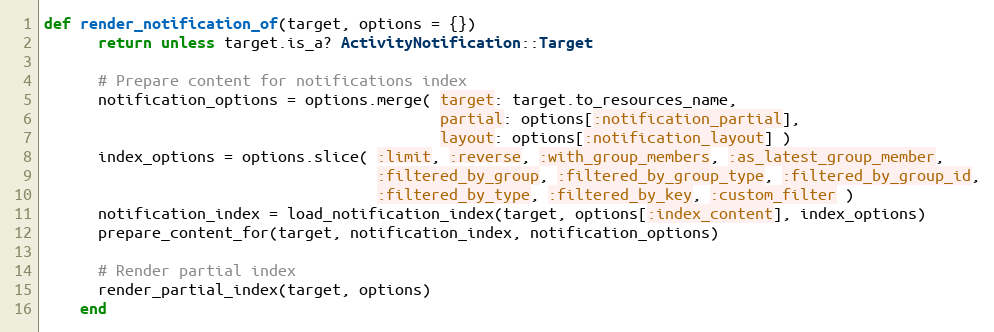
Language: Ruby
def render_notification_of(target, options = {})
      return unless target.is_a? ActivityNotification::Target

      # Prepare content for notifications index
      notification_options = options.merge( target: target.to_resources_name,
                                            partial: options[:notification_partial],
                                            layout: options[:notification_layout] )
      index_options = options.slice( :limit, :reverse, :with_group_members, :as_latest_group_member,
                                     :filtered_by_group, :filtered_by_group_type, :filtered_by_group_id,
                                     :filtered_by_type, :filtered_by_key, :custom_filter )
      notification_index = load_notification_index(target, options[:index_content], index_options)
      prepare_content_for(target, notification_index, notification_options)

      # Render partial index
      render_partial_index(target, options)
    end